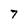
Character: T